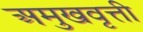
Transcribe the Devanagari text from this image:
अमुखवृत्ती